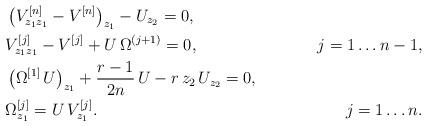
LaTeX: \begin{align*}&\left(V^{[n]}_{ z_1z_1}-V^{[n]}\right)_{z_1}- U_{z_2}=0,&\\& V^{[j]}_{ z_1z_1}-V^{[j]}+U\,\Omega^{(j+1)}=0,\quad&j=1\dots n-1,\\&\left(\Omega^{[1]}\,U\right)_{ z_1}+\frac{r-1}{2n}\,U-r\,z_2\,U_{z_2}=0,&\\&\Omega^{[j]}_{z_1}=U\,V^{[j]}_{z_1}.\quad&j=1\dots n.\end{align*}